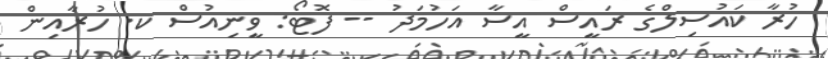
ހުރާ ކައުސިލްގެ ރައީސް އީސާ އަހުމަދު -- ފޮޓޯ: ވީނިއުސް ކ. ހުރާއިން